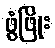
ဖွံဖြိုး